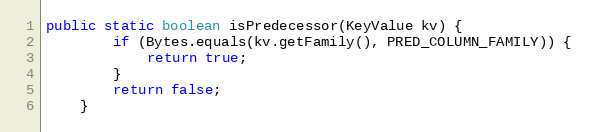
Language: Java
public static boolean isPredecessor(KeyValue kv) {
        if (Bytes.equals(kv.getFamily(), PRED_COLUMN_FAMILY)) {
            return true;
        }
        return false;
    }